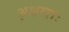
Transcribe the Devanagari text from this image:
अ़क्षरशः